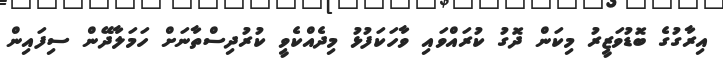
އިރާގުގެ ބޮޑުވަޒީރު މިކަން ދޮގު ކުރައްވައި ވާހަކަފުޅު މިދެއްކެވީ ކުރުދިސްތާނަށް ހަމަލާދޭން ސިފައިން